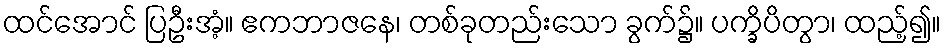
ထင်အောင် ပြဦးအံ့။ ဧကဘာဇနေ၊ တစ်ခုတည်းသော ခွက်၌။ ပက္ခိပိတွာ၊ ထည့်၍။